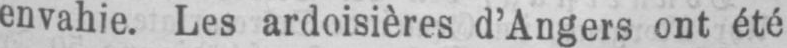
envahie. Les ardoisières d’Angers ont été